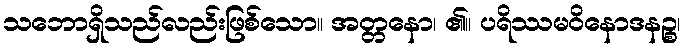
သဘောရှိသည်လည်းဖြစ်သော။ အတ္တနော၊ ၏။ ပရိဿမဝိနောဒနဉ္စ၊